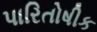
પારિતોષીક